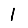
Digit: 1